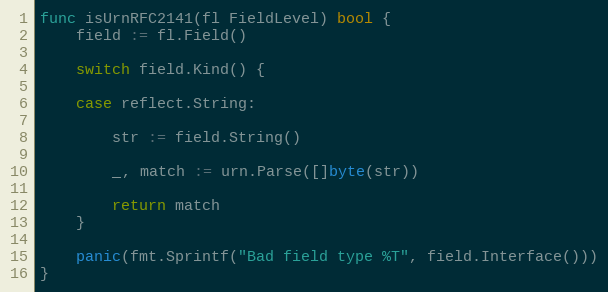
Language: Go
func isUrnRFC2141(fl FieldLevel) bool {
	field := fl.Field()

	switch field.Kind() {

	case reflect.String:

		str := field.String()

		_, match := urn.Parse([]byte(str))

		return match
	}

	panic(fmt.Sprintf("Bad field type %T", field.Interface()))
}